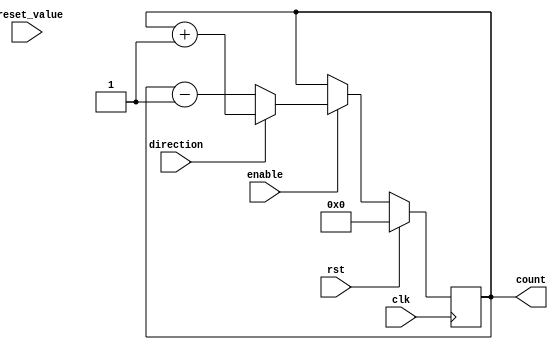
module Counter (
    input wire clk,
    input wire rst,
    input wire enable,
    input wire direction,
    input wire [7:0] preset_value,
    output reg [7:0] count
);

always @(posedge clk) begin
    if (rst) begin
        count <= 8'h00;
    end else if (enable) begin
        if (direction) begin
            count <= count + 1;
        end else begin
            count <= count - 1;
        end
    end
end

endmodule